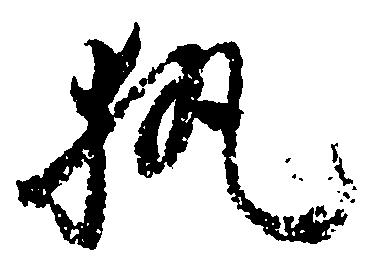
執